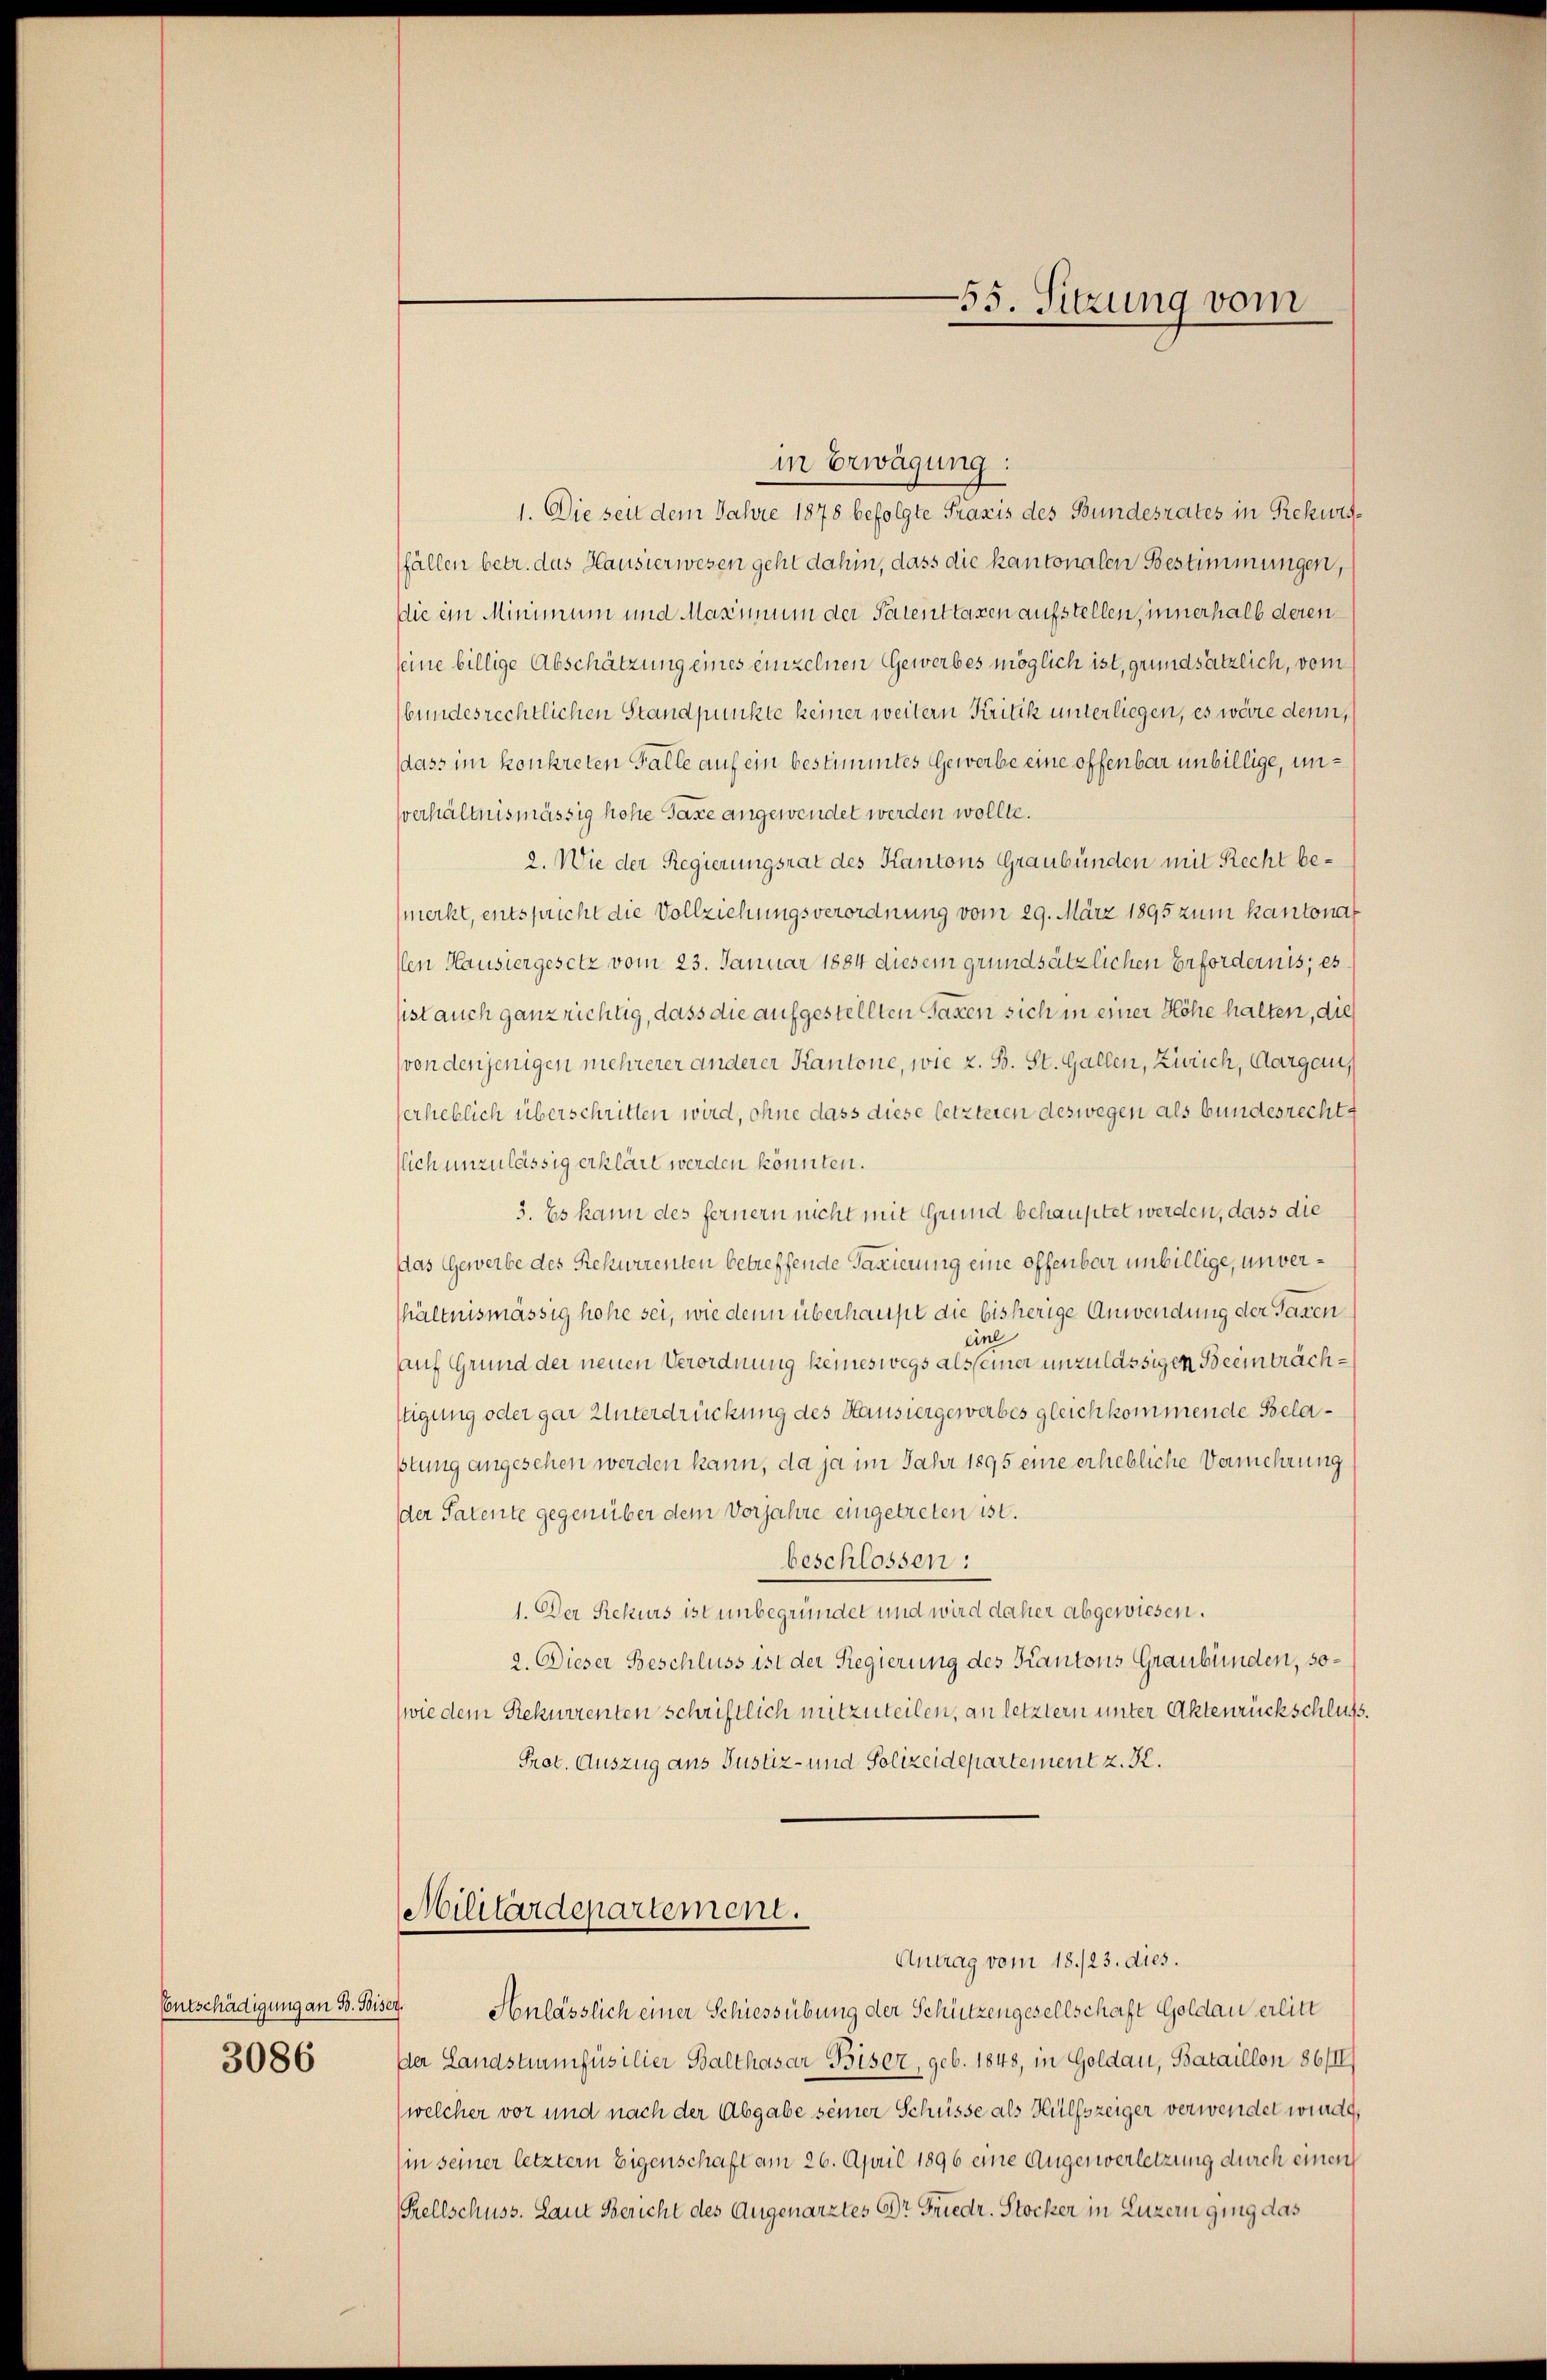
Entschädigung an B. Bi
3086

55. Sitzung vom

in Erwägung:
1. Die seit dem Jahre 1878 befolgte Praxis des Bundesrates in Rekursfällen betr. das Hausierwesen geht dahin, dass die kantonalen Bestimmungen,
die ein Minimung und Maximum der Patenttaxen aufstellen, innerhalb deren
seine billige Abschätzung eines einzelnen Gewerbes möglich ist, grundsätzlich, vom
bundesrechtlichen Standpunkte keiner weitern Kritik unterliegen, es wäre denn,
dass im konkreten Falle auf ein bestimmtes Gewerbe eine offenbar unbillige, unverhältnismässig hohe Taxe angewendet werden wollte.
2. Wie der Regierungsrat des Kantons Graubünden mit Recht bemerkt, entspricht die Vollziehungsverordnung vom 29. März 1895 zum Kantona
en Hausiergesetz vom 23. Januar 1884 diesem grundsätzlichen Erfordernis, es
sist auch ganz richtig, dass die aufgestellten Saxen sich in einer Höhe halten, die
von denjenigen mehrerer anderer Kantone, wie z. B. St. Gallen, Zürich, Aargau,
erheblich überschritten wird, ohne dass diese letzteren deswegen als bundesrechte
flich unzulässig erklärt werden könnten.
5. Es kann des fernern nicht mit Grund behauptet werden, dass die
Das Gewerbe des Rekurrenten betreffende Taxierung eine offenbar unbillige, unverhältnismässig hohe sei, wie denn überhaupt die bisherige Anwendung der Taxen
einl
auf Grund der neuen Verordnung keineswegs als seiner unzulässigen Beeinträchstigung oder gar Unterdrückung des Hausiergewerbes gleich kommende Belastung angesehen werden kann, da ja im Jahr 1895 eine erhebliche Vermehrung
der Patente gegenüber dem Vorjahre eingetreten ist.
beschlossen:
1. Der Rekurs ist unbegründet und wird daher abgewiesen.
2. Dieser Beschluss ist der Regierung des Kantons Graubünden, sowie dem Rekurrenten schriftlich mitzuteilen, an letztern unter Aktenrückschluss
Prot. Auszug aus Justiz- und Polizeidepartement z. K.
Militärdepartement.
Antrag vom 18./23. dies.
f
Honlässlich einer Schiessübung der Schützengesellschaft Goldau erlitt
der Landstrumfüsilier Balthasar Biser, geb. 1848, in Goldau, Bataillon 86/II
(welcher vor und nach der Abgabe seiner Schüsse als Hülfszeiger verwendet wurde,
in seiner letzter Eigenschaft am 26. April 1896 eine Augenverletzung durch einen
Rellschuss. Laut Bericht des Augenarztes Dr Friedr. Stocker in Luzern ging das